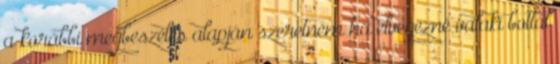
a korábbi megbeszélés alapján szeretném ha elvégezné valaki bottal